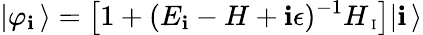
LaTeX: |\varphi_{\mathbf{i}}\, \rangle=\left[1+(E_{\mathbf{i}}-H+\mathbf{i}\epsilon)^{-1}H_{\mathrm{{\scriptsize~I}}}\right]|\mathbf{i}\, \rangle